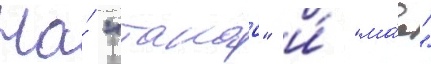
На́ "такао" и́ "ма́е"